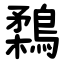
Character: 鶔